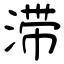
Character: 滞